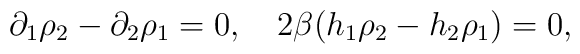
\partial_1 \rho_2 - \partial_2 \rho_1 = 0, \quad2\beta (h_1 \rho_2 - h_2 \rho_1) = 0,